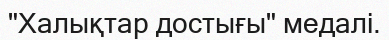
"Халықтар достығы" медалі.